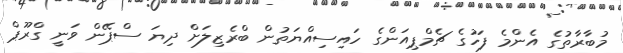
މުބާރާތުގެ އެންމެ ފަހުގެ ޗެމްޕިއަންގެ ހައިސިއްޔަތުން ބްރެޒިލަށް ދިޔަ ސްޕޭން ވަނީ ގްރޫޕް